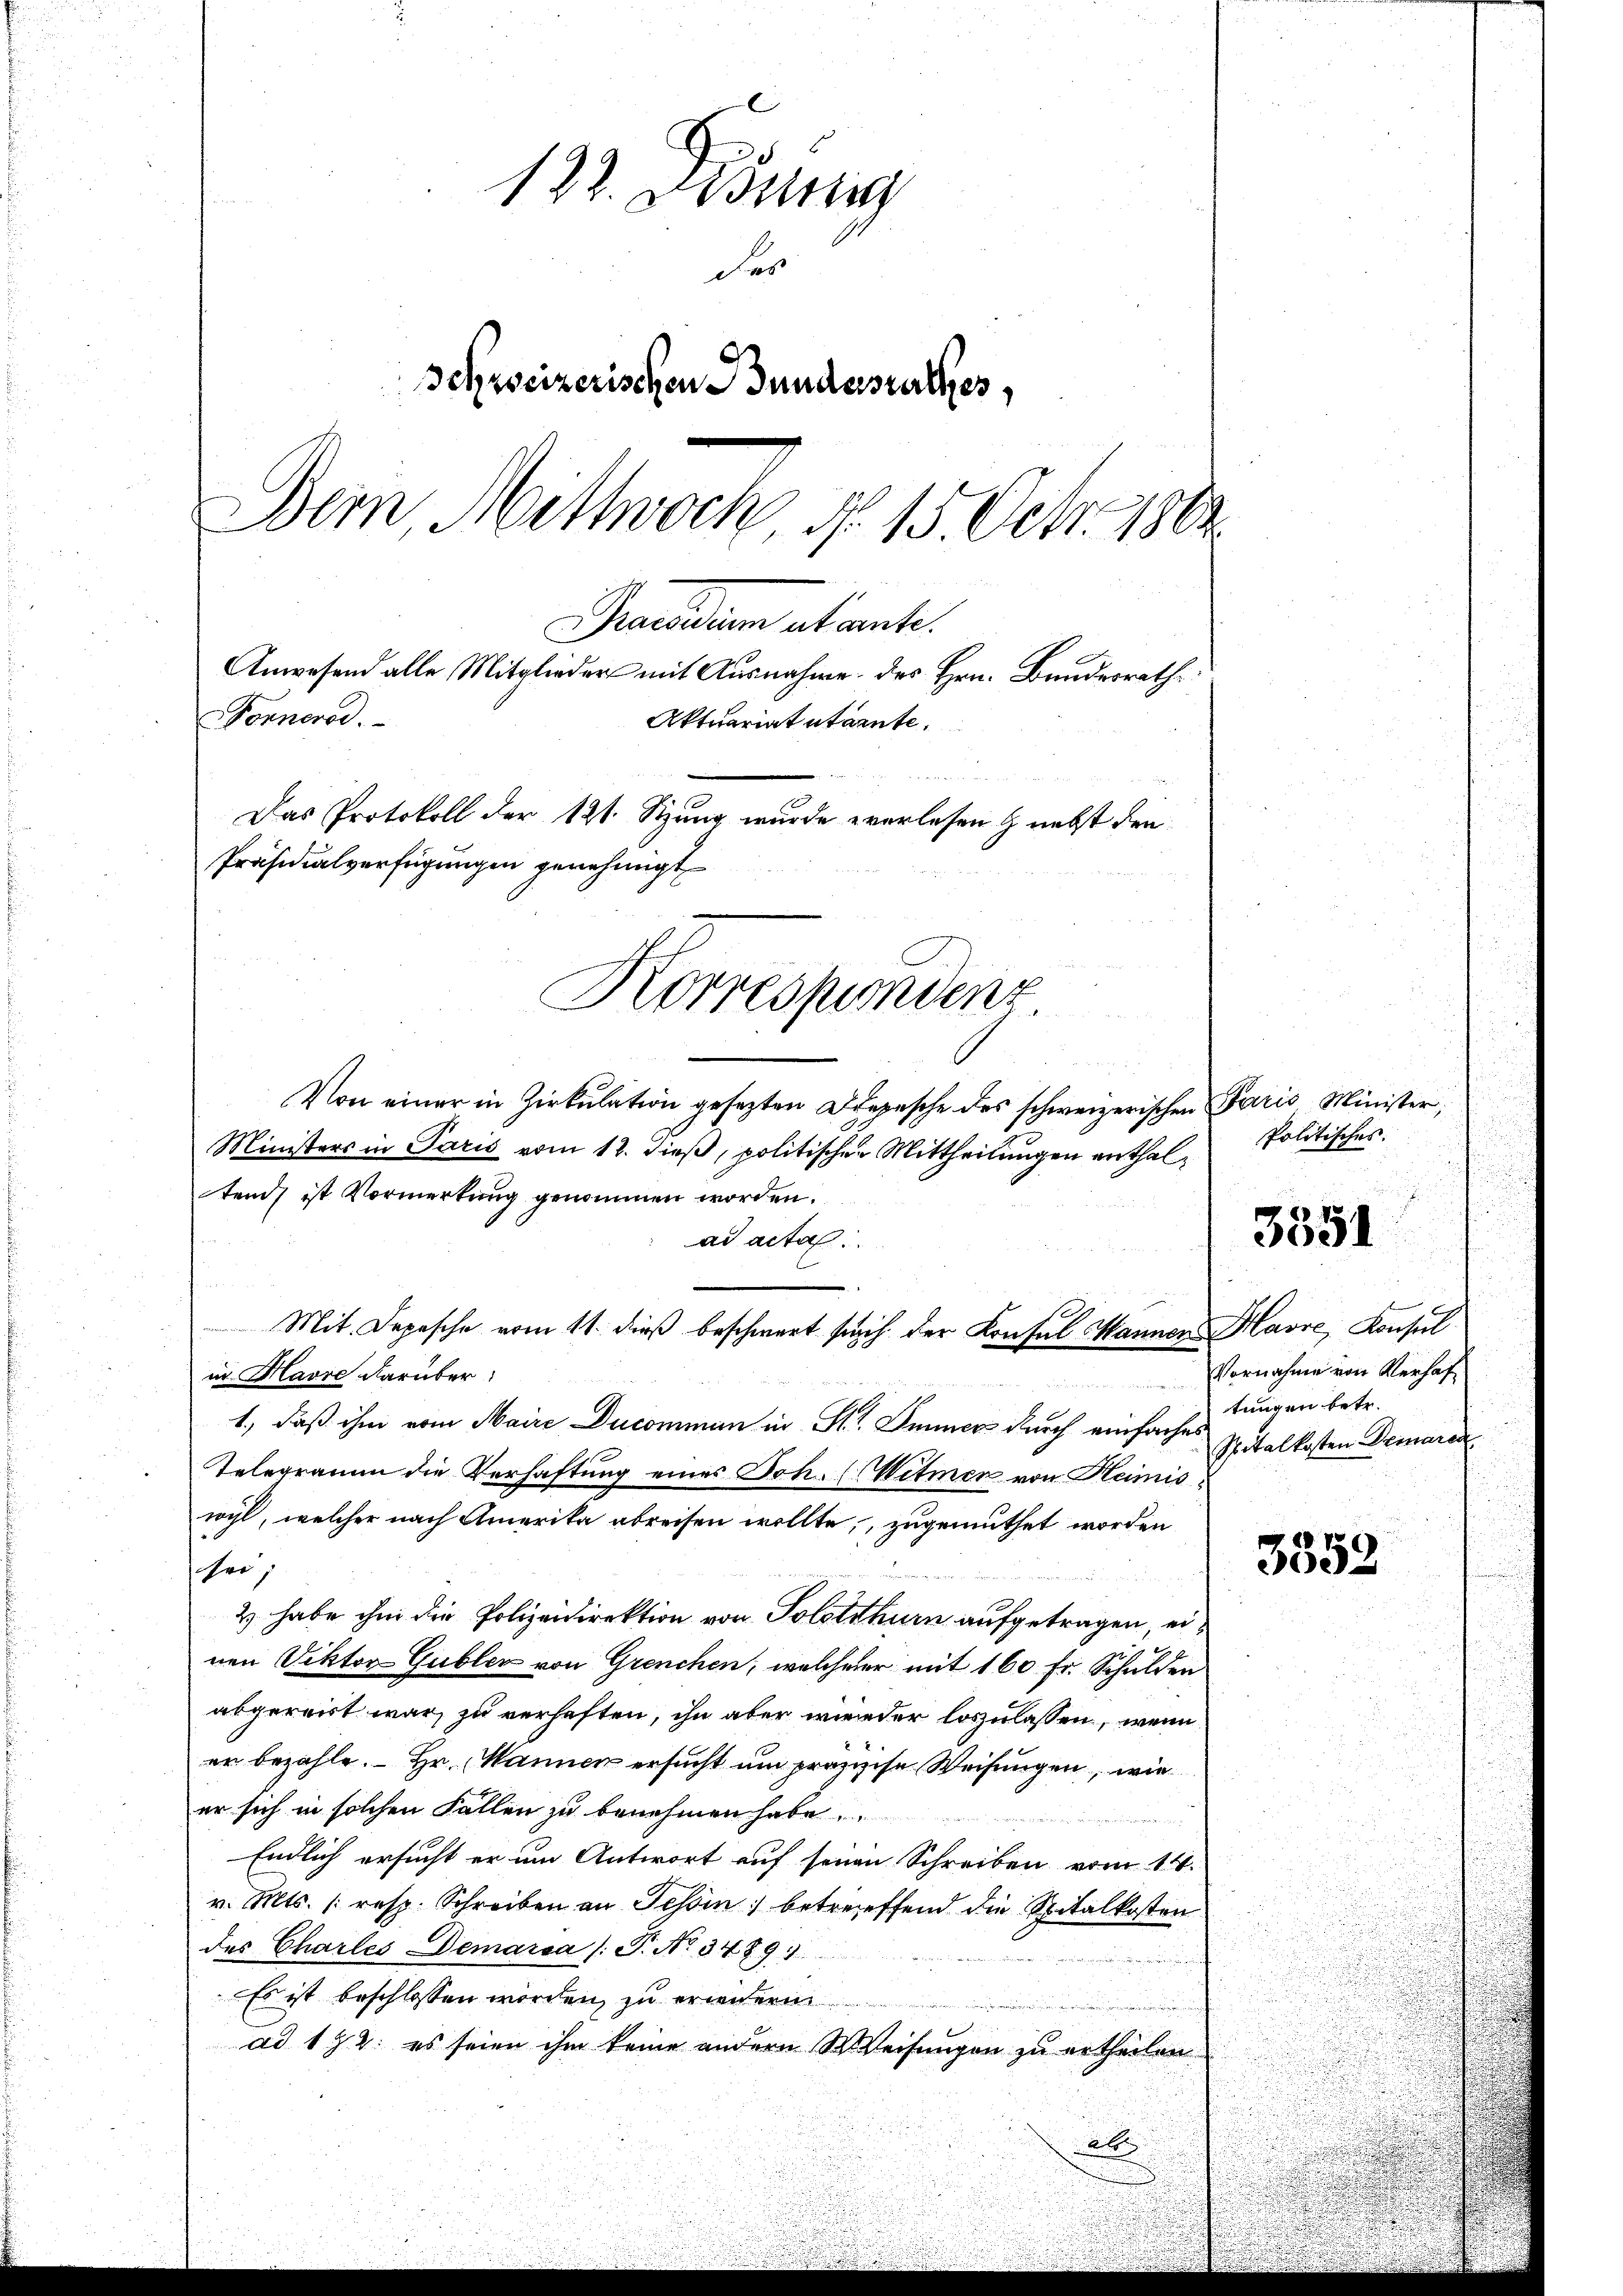
132. Desinng
das
Schweizerischen Bundesrathes,
Dem Mittwoch, No. 15 Oct. 1882

Von einer in Zirkŭlation gesezten Depesche des schweizerischen Paris Minister,
Ministers in Paris vom 12. dieß, politischen Mittheilungen enthalten) ist Vormerkung genommen worden.
ad acta.
Mit. Depesche vom 11. dieß beschwart sich der Konsul Mannen Havre, Konsul
in Havre darüber
1., daß ihm vom Maire Ducomman in St. Immer durch einfaches Spitalkosten Demarck
Telegramm die Verhaftung eines Joh. (Witmen von Heimiswyl, welcher nach Amerika abreisen wollte, zugemuthet worden
ei
2) habe ihm die Polizeidirektion von Solothurn aufgetragen, einen Viktor Gubler von Grenchen, welcherer mit 160 Fr. Schulden
abgereist war, zu verhaften, ihn aber wieder loszulassen, wenn
er bezahle.  Hr. Mannen ersucht um präzische Weisungen, wie
er sich in solchen Fallen zu benehmen habe,
Endlich ersucht er um Antwort auf seinen Schreiben vom 14.
v. Mts. (resp. Schreiben an Tessin betreffend die Spitalkosten
des Charles Demarsa /: P. No. 3489
Es ist beschlossen worden, zu erwendern
ad 1 § 2: es seien ihm keine andern Weisungen zu ertheilen
alt.

Fonners.
Das Protokoll der 121. Sitzung wurde verlesen & nebst den
Präsidialverfügungen genehmigt
Korrespondenz.

Praesidum etwante.
Anwesend alle Mitglieder mit Ausnahme des Hrn. Bundesrath
Aktuariat starnte.

Politisches.

3551

Vornahme von Verhaftungen betr.

3352